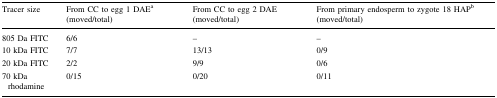
| Tracer size | From CC to egg 1 DAEa (moved/total) | From CC to egg 2 DAE (moved/total) | From primary endosperm to zygote 18 HAPb (moved/total) |
 | --- | --- | --- | --- |
 | 805 Da FITC | 6/6 | – | – |
 | 10 kDa FITC | 7/7 | 13/13 | 0/9 |
 | 20 kDa FITC | 2/2 | 9/9 | 0/6 |
 | 70 kDa rhodamine | 0/15 | 0/20 | 0/11 |